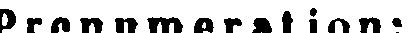
Prenumeration: